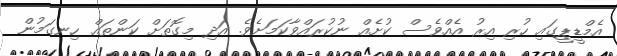
އެމްޑީޕީގައި ހުރި އިރު އެއްވެސް ކުށެއް ނުކުރައްވާކަމަށެވެ. އަދި މިގޮތަށް ކަންތައް ހިނގަމުން